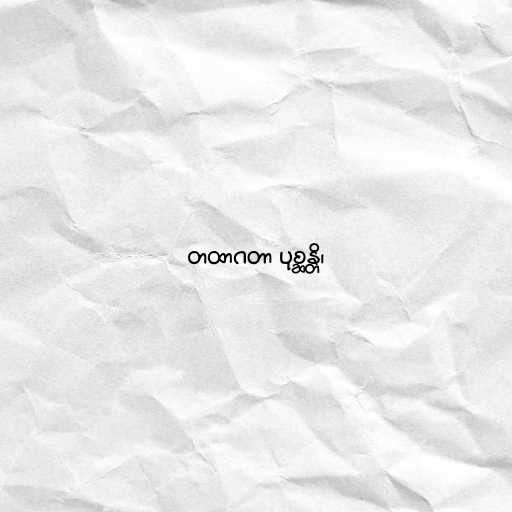
တထာဂတာ ပုစ္ဆန္တိ၊